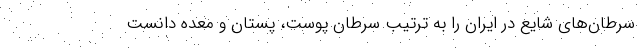
سرطان‌های شایع در ایران را به ترتیب سرطان پوست، پستان و معده دانست